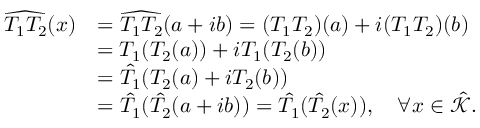
\begin{array} { r l } { \widehat { T _ { 1 } T _ { 2 } } ( x ) } & { = \widehat { T _ { 1 } T _ { 2 } } ( a + i b ) = ( T _ { 1 } T _ { 2 } ) ( a ) + i ( T _ { 1 } T _ { 2 } ) ( b ) } \\ & { = T _ { 1 } ( T _ { 2 } ( a ) ) + i T _ { 1 } ( T _ { 2 } ( b ) ) } \\ & { = \hat { T _ { 1 } } ( T _ { 2 } ( a ) + i T _ { 2 } ( b ) ) } \\ & { = \hat { T _ { 1 } } ( \hat { T _ { 2 } } ( a + i b ) ) = \hat { T _ { 1 } } ( \hat { T _ { 2 } } ( x ) ) , \quad \forall x \in \hat { \mathcal { K } } . } \end{array}